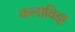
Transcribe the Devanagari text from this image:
कलाविज्ञ